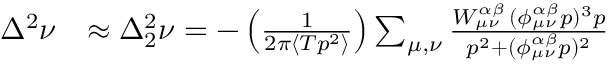
\begin{array} { r l } { \Delta ^ { 2 } \nu } & { \approx \Delta _ { 2 } ^ { 2 } \nu = - \left( \frac { 1 } { 2 \pi \langle T p ^ { 2 } \rangle } \right) \sum _ { { \mu } , { \nu } } \frac { W _ { { \mu } { \nu } } ^ { \alpha \beta } \, ( \phi _ { { \mu } { \nu } } ^ { \alpha \beta } p ) ^ { 3 } p } { p ^ { 2 } + ( \phi _ { { \mu } { \nu } } ^ { \alpha \beta } p ) ^ { 2 } } } \end{array}